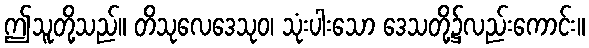
ဤသူတို့သည်။ တိသုလေဒေသုဝ၊ သုံးပါးသော ဒေသတို့၌လည်းကောင်း။